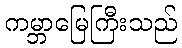
ကမ္ဘာမြေကြီးသည်